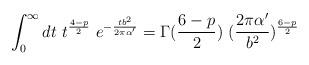
LaTeX: \begin{align*}\int_0^\infty dt~t^{4-p\over 2}~e^{-{tb^2\over 2\pi\alpha^\prime}}=\Gamma({6-p\over 2})~({2\pi\alpha^\prime\over b^2})^{6-p\over 2}\end{align*}